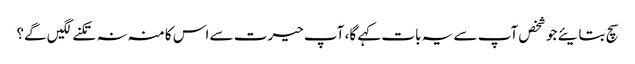
سچ بتایئے جو شخص آپ سے یہ بات کہے گا، آپ حیرت سے اس کا منہ نہ تکنے لگیں گے؟